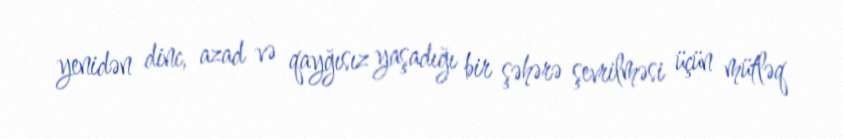
yenidən dinc, azad və qayğısız yaşadığı bir şəhərə şevrilməsi üçün mütləq